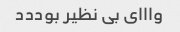
وااای بی نظیر بوددد